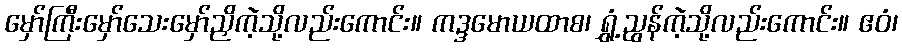
မှော်ကြီးမှော်သေးမှော်ညှိကဲ့သို့လည်းကောင်း။ ကဒ္ဒမောယထာစ၊ ရွှံ့ညွန်ကဲ့သို့လည်းကောင်း။ ဧဝံ၊